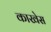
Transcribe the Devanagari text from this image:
काखेस